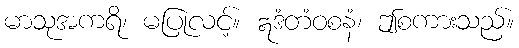
မာသုအကရိ၊ မပြုလင့်။ ဣဒံတံဝစနံ၊ ဤစကားသည်။